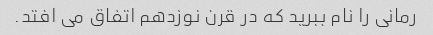
رمانی را نام ببرید که در قرن نوزدهم اتفاق می افتد.